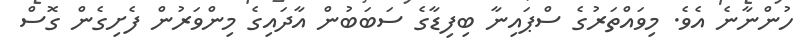
ހުންނާނެ އެވެ. މިވައްތަރުގެ ސްޕައިނާ ބިފިޑާގެ ސަބަބުން އާދައިގެ މިންވަރުން ފެށިގެން ގޮސް